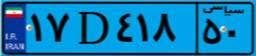
۴۸D۲۹۱۲۱